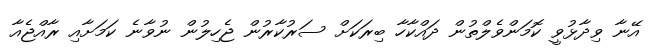
އޭނާ ވިދާޅުވީ ކޮމަންވެލްތުން ދައްކާހާ ބިރަކަށް ސަރުކާރުން ޖެހިލުން ނުވާނެ ކަމަށާއި ރާއްޖެއާ